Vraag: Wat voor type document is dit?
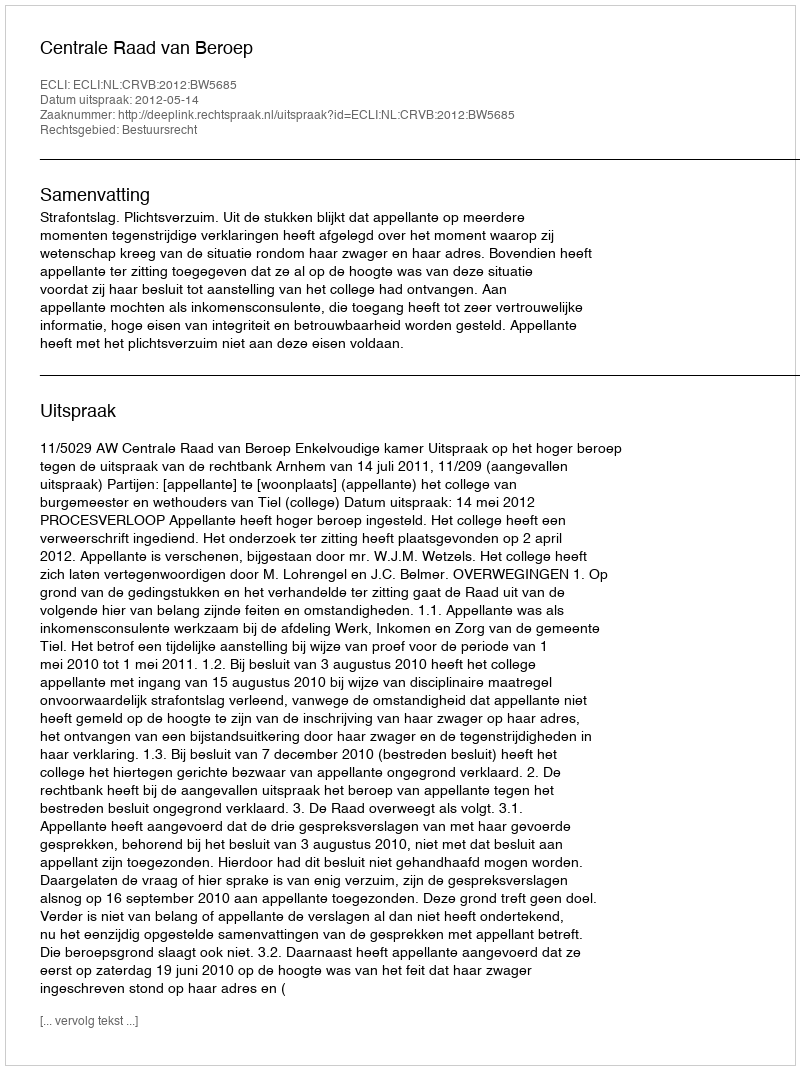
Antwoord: Uitspraak